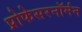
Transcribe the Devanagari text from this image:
प्रोफेसरनॉर्मन